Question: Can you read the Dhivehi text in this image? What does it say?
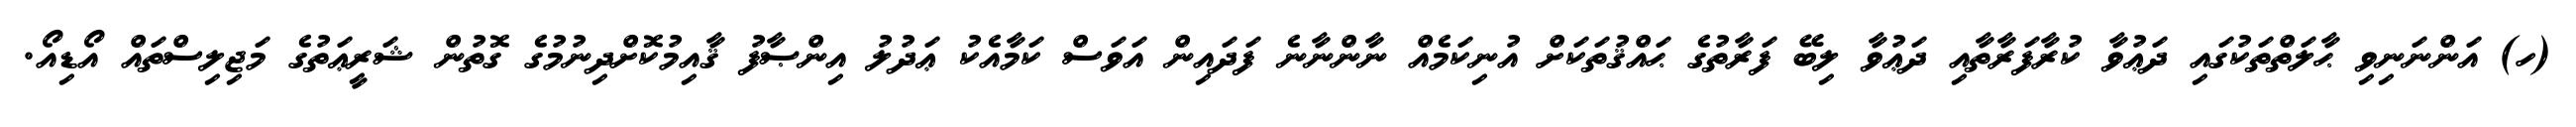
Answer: (ހ) އަންނަނިވި ޙާލަތްތަކުގައި ދަޢުވާ ކުރާފަރާތާއި ދަޢުވާ ލިބޭ ފަރާތުގެ ޙައްޤުތަކަށް އުނިކަމެއް ނާންނާނެ ފަދައިން އަވަސް ކަމާއެކު ޢަދުލު އިންޞާފު ޤާއިމުކޮށްދިނުމުގެ ގޮތުން ޝަރީޢަތުގެ މަޖިލިސްތައް އޯޑިއޯ.